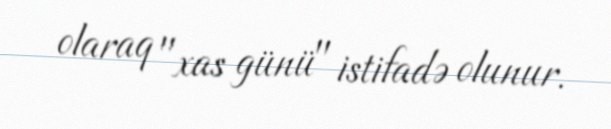
olaraq "xas günü" istifadə olunur.